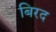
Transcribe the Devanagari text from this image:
बिरद